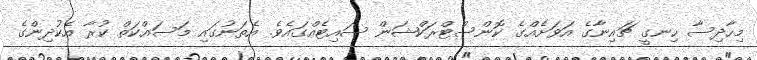
މިހާދިސާ ހިނގީ ޗައިނާގެ އަވަށެއްގެ ކޮންސްޓްރަކްޝަން ސައިޓެއްގައެވެ. އެތަނުގައި މަސައްކަތް ކުރާ އެކުދިންގެ